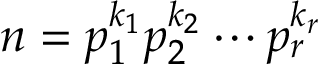
n = p _ { 1 } ^ { k _ { 1 } } p _ { 2 } ^ { k _ { 2 } } \cdots p _ { r } ^ { k _ { r } }